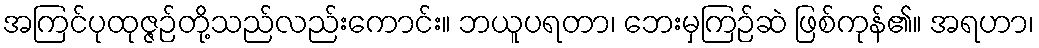
အကြင်ပုထုဇ္ဇဉ်တို့သည်လည်းကောင်း။ ဘယူပရတာ၊ ဘေးမှကြဉ်ဆဲ ဖြစ်ကုန်၏။ အရဟာ၊